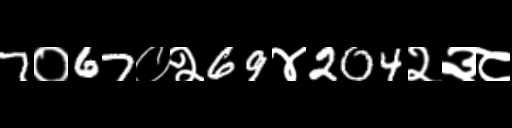
Text: 7०67०२69४204२३८